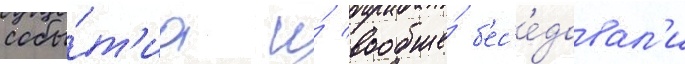
собы́т'иа и́ вообще́ б'ес'е́довал'и